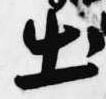
出